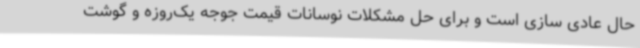
حال عادی سازی است و برای حل مشکلات نوسانات قیمت جوجه یک‌روزه و گوشت